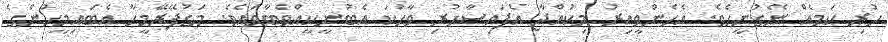
ހުރި ކަމެއް ނޭގުނީހެވެ. އެހެންވީއިރު މިކުއްޖާ އެފައިސާހުރި ވާހަކަ އެބުނީކީއްވެބާވައެވެ. މަގުފޭރޭމީހާ އެބައިމީހުންގެ